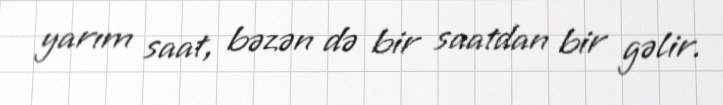
yarım saat, bəzən də bir saatdan bir gəlir.